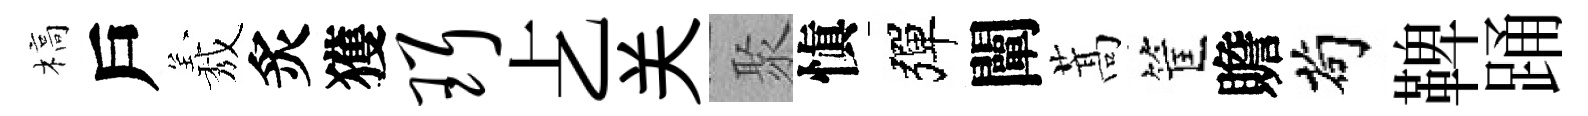
槁戶𦏁炙獲珥𠧒关聚愼彈闡蒿筐贍茍鞞踊